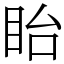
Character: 眙